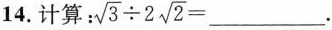
14. 计算： $$\sqrt { 3 } \div 2 \sqrt { 2 } = ___$$ .